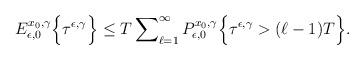
LaTeX: \begin{align*} E_{\epsilon,0}^{x_0,\gamma} \Bigl\{ \tau^{\epsilon,\gamma} \Bigr\} \le T\sum\nolimits_{\ell=1}^{\infty} P_{\epsilon,0}^{x_0,\gamma} \Bigl\{ \tau^{\epsilon,\gamma} > (\ell-1)T \Bigr\}. \end{align*}